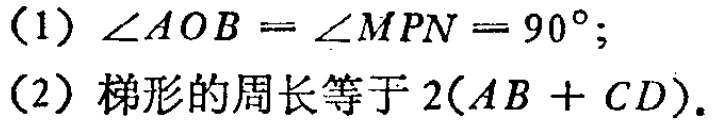
(1) $\angle AOB = \angle MPN = 90^{\circ}$;
(2) 梯形的周长等于 $2(AB + CD)$.